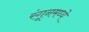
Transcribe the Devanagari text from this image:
रंगूनमध्ये